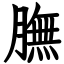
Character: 膴